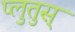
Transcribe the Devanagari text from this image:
प्लुतुस्